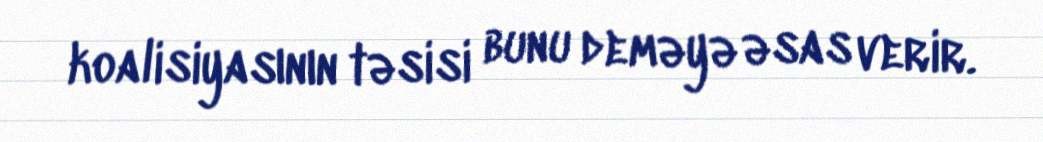
koalisiyasının təsisi bunu deməyə əsas verir.